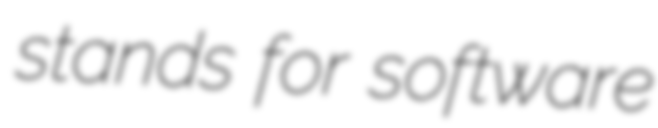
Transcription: stands for software